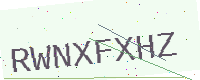
Text: RWNXFXHZ